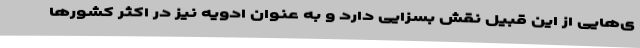
ی‌هایی از این قبیل نقش بسزایی دارد و به عنوان ادویه نیز در اکثر کشورها